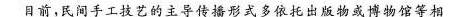
目前,民间手工技艺的主导传播形式多依托出版物或博物馆等相